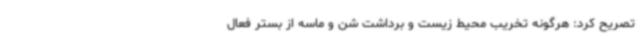
تصریح کرد: هرگونه تخریب محیط زیست و برداشت شن و ماسه از بستر فعال